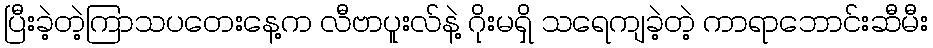
ပြီးခဲ့တဲ့ကြာသပတေးနေ့က လီဗာပူးလ်နဲ့ ဂိုးမရှိ သရေကျခဲ့တဲ့ ကာရာဘောင်းဆီမီး